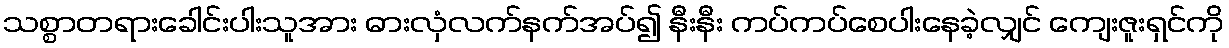
သစ္စာတရားခေါင်းပါးသူအား ဓားလှံလက်နက်အပ်၍ နီးနီး ကပ်ကပ်စေပါးနေခဲ့လျှင် ကျေးဇူးရှင်ကို